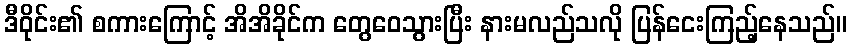
ဒီဝိုင်း၏ စကားကြောင့် အိအိခိုင်က တွေဝေသွားပြီး နားမလည်သလို ပြန်ငေးကြည့်နေသည်။